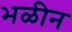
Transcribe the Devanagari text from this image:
भळीन